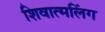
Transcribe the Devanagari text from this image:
शिवात्मलिंग